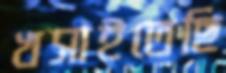
খসাইতেছি